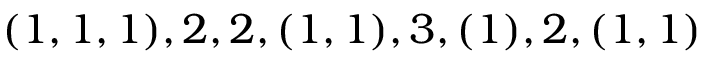
\begin{array} { r } { ( 1 , 1 , 1 ) , 2 , 2 , ( 1 , 1 ) , 3 , ( 1 ) , 2 , ( 1 , 1 ) } \end{array}